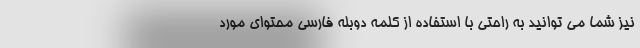
نیز شما می توانید به راحتی با استفاده از کلمه دوبله فارسی محتوای مورد